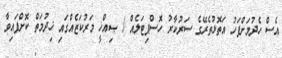
އެސް ހެދުމަށްފަހު އަތޮޅުތެރޭގެ ސަރުކާރު ހޮސްޕިޓަލެއް / ޞިއްޚީ މަރުކަޒެއްގައި ޚިދުމަތް ކޮށްފައިވާ